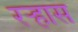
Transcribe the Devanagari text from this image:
रऱ्हास